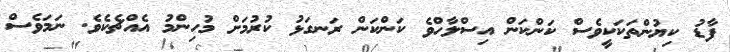
ފާޑު ކިޔުންތަކަކީވެސް ކަންކަން އިސްލާހްވެ ކަންކަން ރަނގަޅު ކުރުމަށް މުހިންމު އެއްޗެކެވެ. ނަމަވެސް